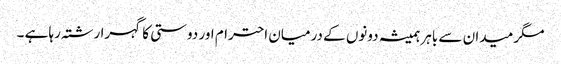
مگر میدان سے باہر ہمیشہ دونوں کے درمیان احترام اور دوستی کا گہرا رشتہ رہا ہے ۔